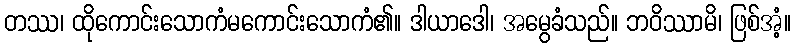
တဿ၊ ထိုကောင်းသောကံမကောင်းသောကံ၏။ ဒါယာဒေါ၊ အမွေခံသည်။ ဘဝိဿာမိ၊ ဖြစ်အံ့။